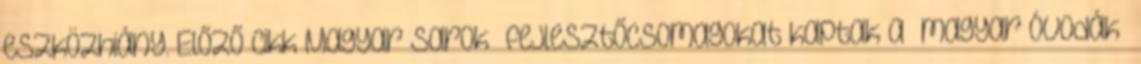
eszközhiány. Előző cikk“Magyar sarok” fejlesztőcsomagokat kaptak a “magyar óvodák”